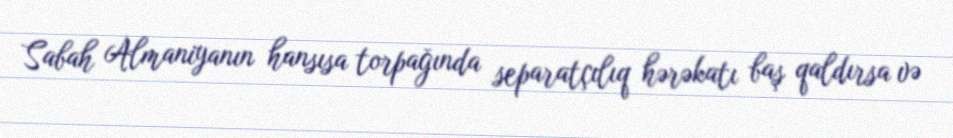
Sabah Almaniyanın hansısa torpağında separatçılıq hərəkatı baş qaldırsa və